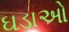
ઘડાઓ